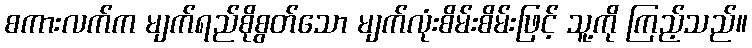
စကားလက်က မျက်ရည်စိုစွတ်သော မျက်လုံးစိမ်းစိမ်းဖြင့် သူ့ကို ကြည့်သည်။